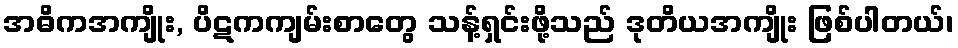
အဓိကအကျိုး, ပိဋကကျမ်းစာတွေ သန့်ရှင်းဖို့သည် ဒုတိယအကျိုး ဖြစ်ပါတယ်၊